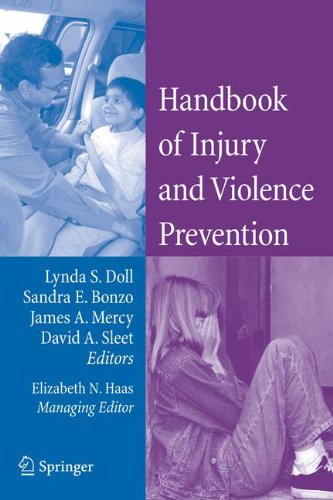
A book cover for Handbook of Injury and Violence Prevention; Medical Books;